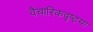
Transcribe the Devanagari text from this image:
वैचारिकदृष्‍ट्या